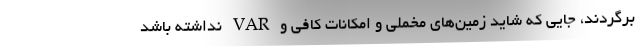
برگردند، جایی که شاید زمین‌های مخملی و امکانات کافی و VAR نداشته باشد